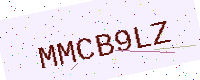
Text: MMCB9LZ